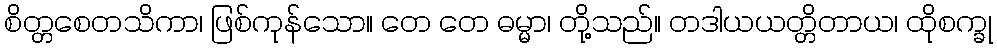
စိတ္တစေတသိကာ၊ ဖြစ်ကုန်သော။ တေ တေ ဓမ္မာ၊ တို့သည်။ တဒါယယတ္တိတာယ၊ ထိုစက္ခု